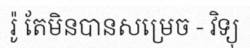
រ៉ូ តែមិនបានសម្រេច - វិទ្យុ